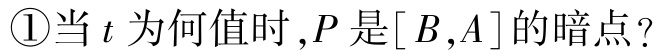
\textcircled{1}当\(t\)为何值时，\(P\)是\([B,A]\)的暗点？